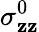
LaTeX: \sigma_{\mathbf{z}\mathbf{z}}^{0}